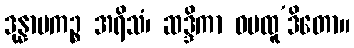
ဒုန္နာမကဉ္စ အရိသံ၊ ဆဒ္ဒိကာ ဝမထူ’ဒိတော။